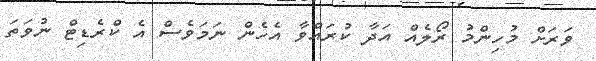
ވަރަށް މުހިންމު ރޯލެއް އަދާ ކުރައްވާ އެހެން ނަމަވެސް އެ ކްރެޑިޓް ނުވަތަ